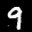
Label: 9